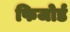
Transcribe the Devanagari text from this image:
फिजोर्ड